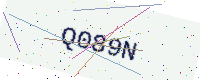
Text: Q089N